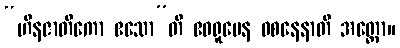
“ဟီနဇာတိကော ဧသော”တိ ဧဝရူပေန ဝစနေနာတိ အတ္ထော။